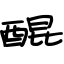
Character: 醌